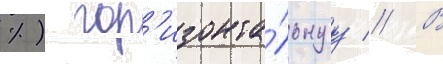
%) гор'изонта́льнуу // В